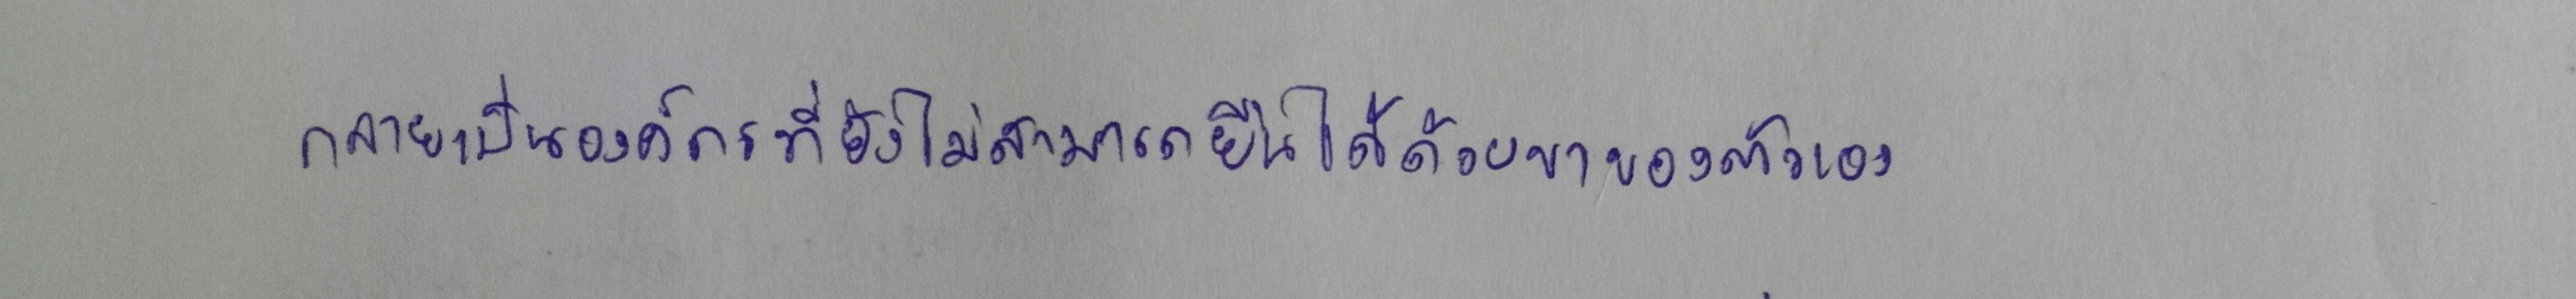
กลายเป็นองค์กรสื่อที่ยังไม่สามารถยืนได้ด้วยขาของตัวเอง